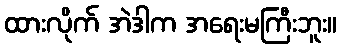
ထားလိုက် အဲဒါက အရေးမကြီးဘူး။